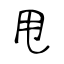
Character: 甩